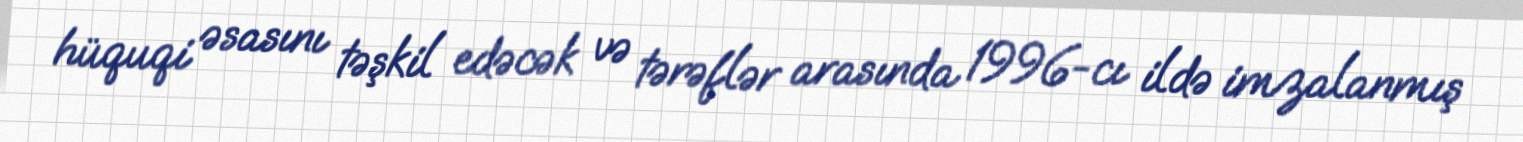
hüquqi əsasını təşkil edəcək və tərəflər arasında 1996-cı ildə imzalanmış